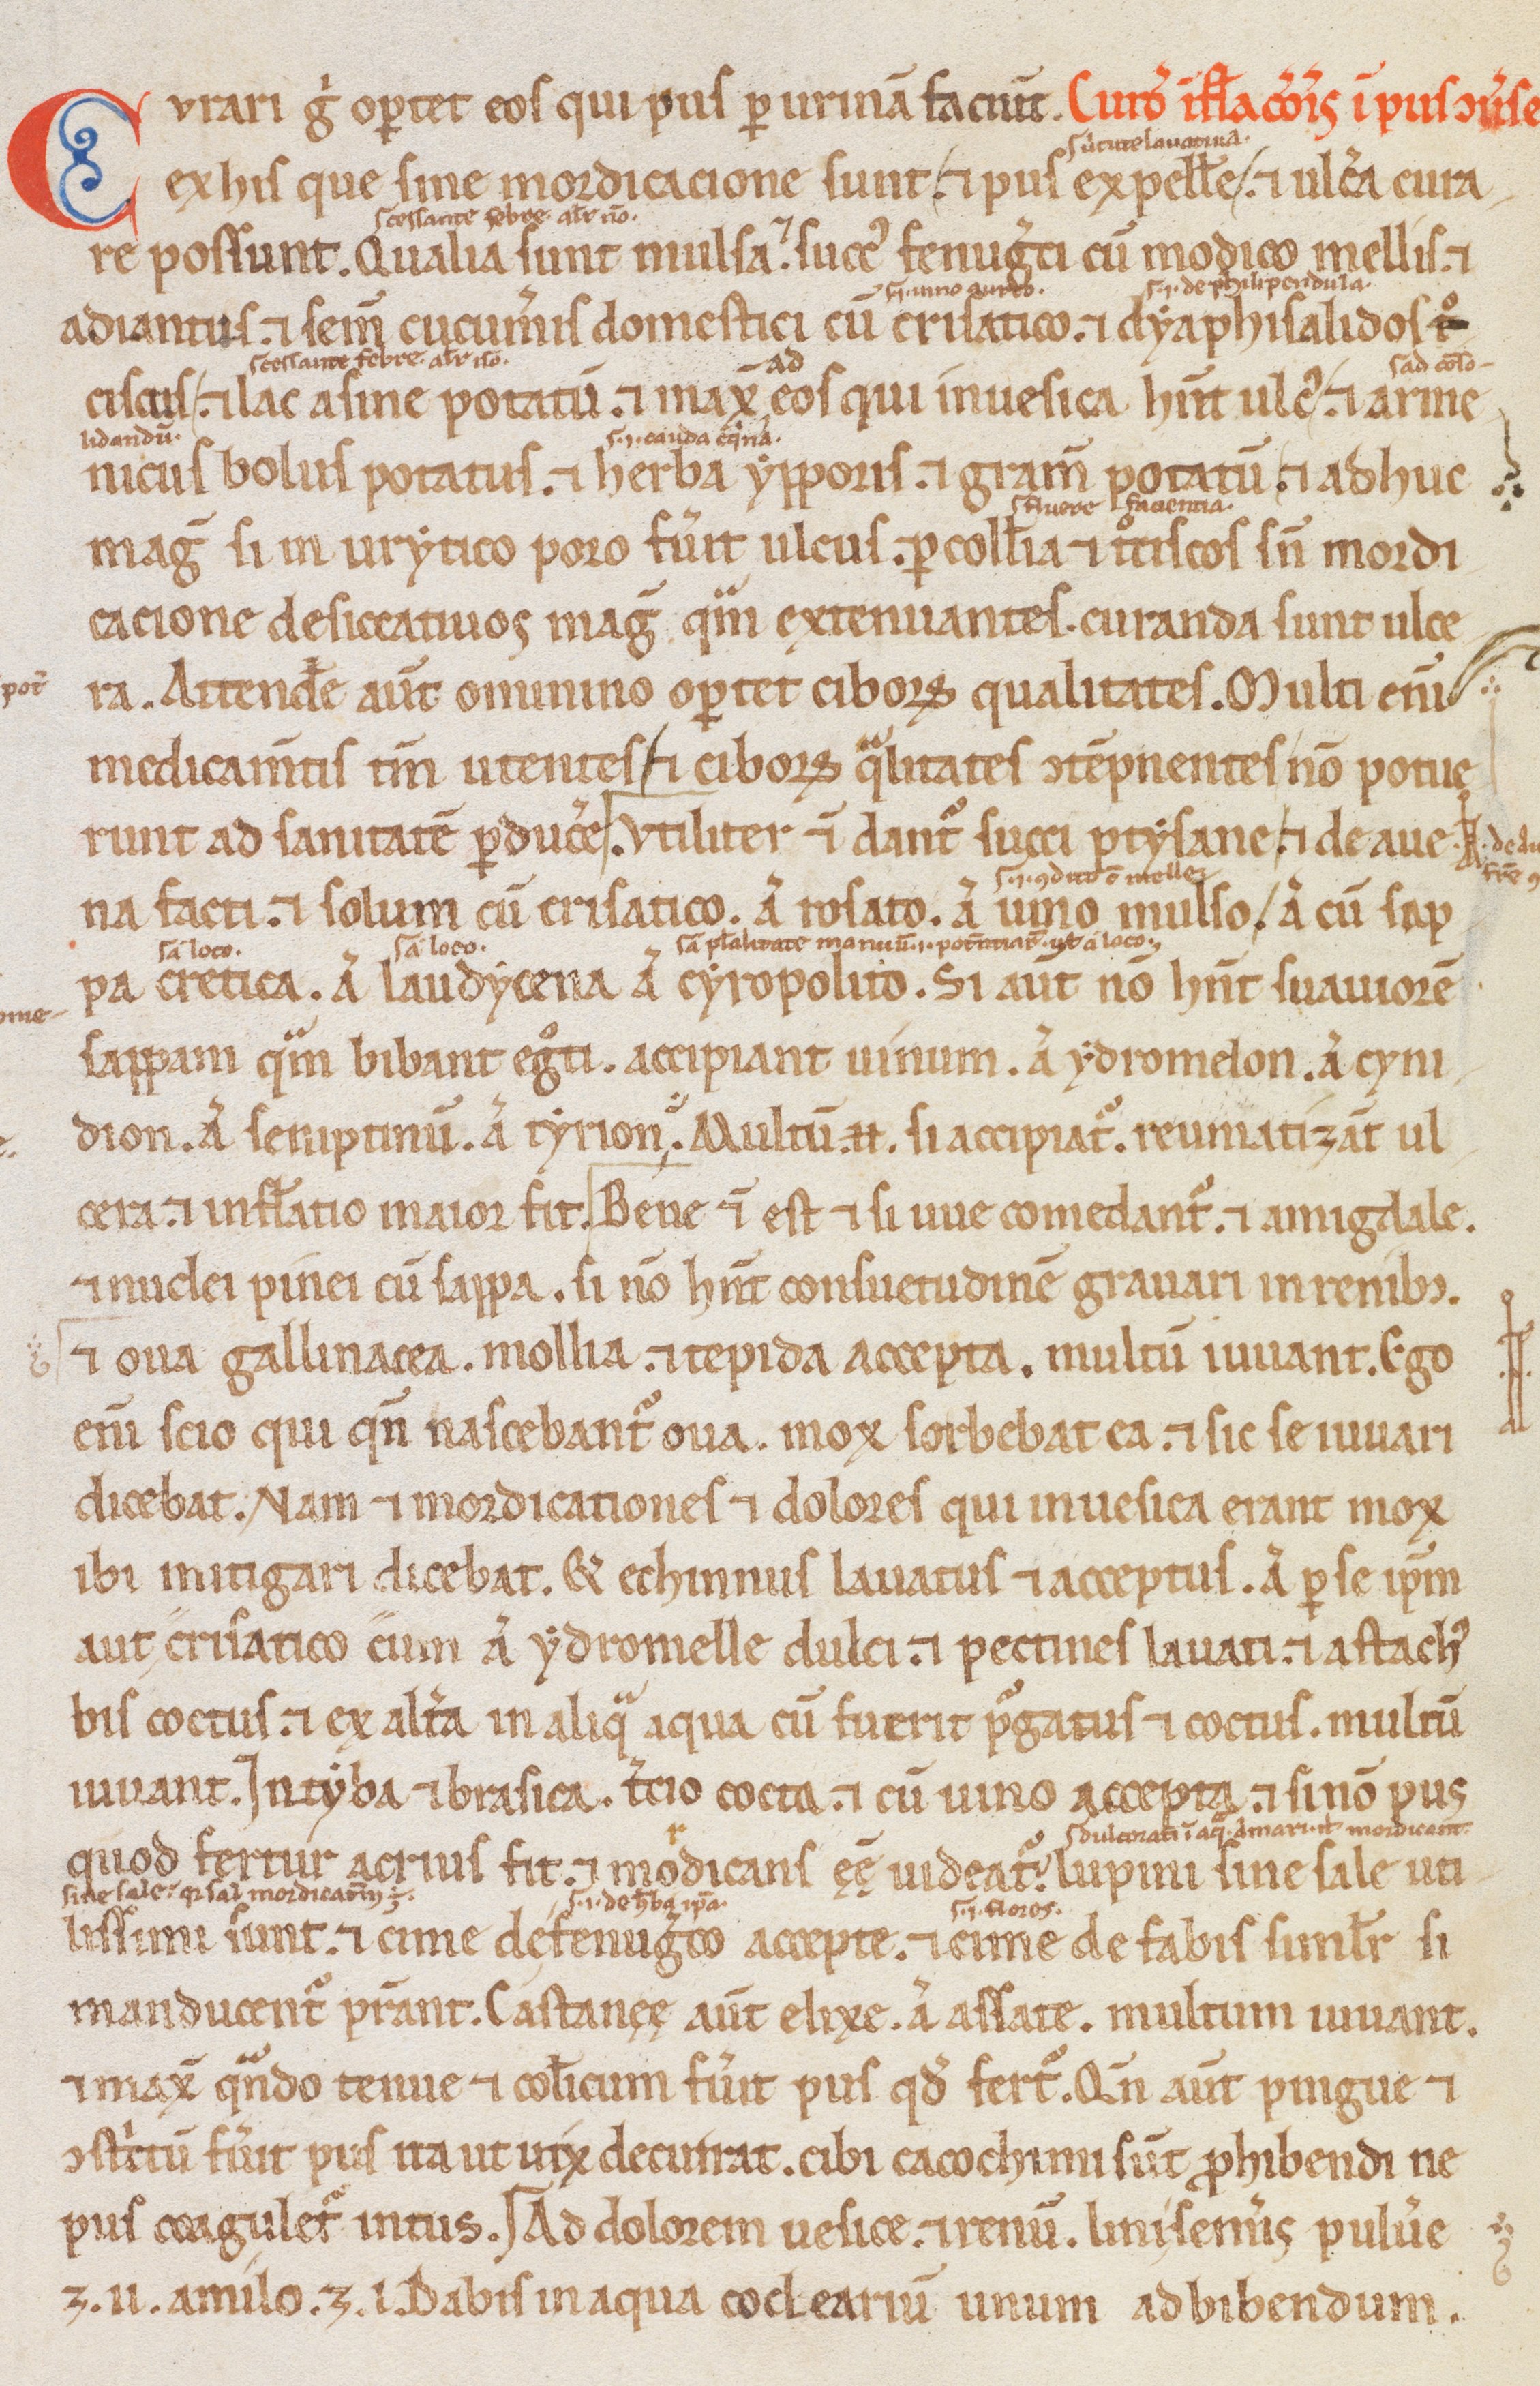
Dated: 1200–1299